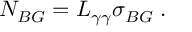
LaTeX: N _ { B G } = L _ { \gamma \gamma } \sigma _ { B G } \; .